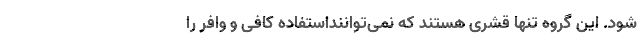
شود. این گروه تنها قشری هستند که نمی‌تواننداستفاده کافی و وافر را